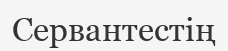
Сервантестің